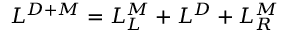
{ \cal { L } } ^ { D + M } = { \cal { L } } _ { L } ^ { M } + { \cal { L } } ^ { D } + { \cal { L } } _ { R } ^ { M }